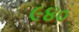
૯૪૦